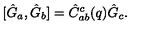
[ \hat { G } _ { a } , \hat { G } _ { b } ] = \hat { C } _ { a b } ^ { c } ( q ) \hat { G } _ { c } .